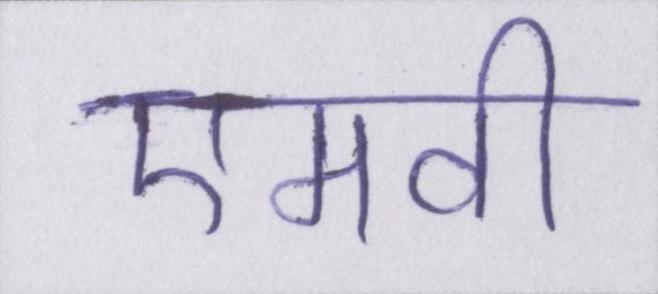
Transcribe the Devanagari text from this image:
एमवी